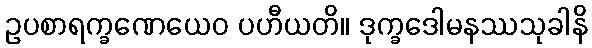
ဥပစာရက္ခဏေယေဝ ပဟီယတိ။ ဒုက္ခဒေါမနဿသုခါနိ